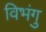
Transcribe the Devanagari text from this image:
विभंगु